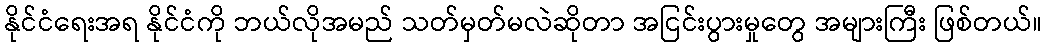
နိုင်ငံရေးအရ နိုင်ငံကို ဘယ်လိုအမည် သတ်မှတ်မလဲဆိုတာ အငြင်းပွားမှုတွေ အများကြီး ဖြစ်တယ်။